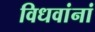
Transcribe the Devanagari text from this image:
विधवांनां